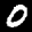
Label: 0